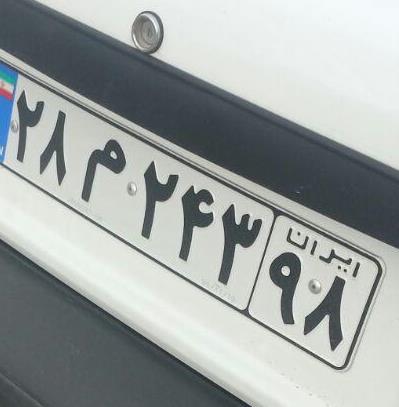
۲۸م۲۴۳۹۸